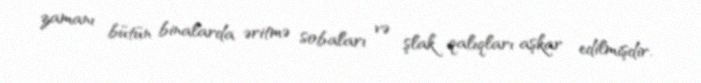
zamanı bütün binalarda əritmə sobaları və şlak qalıqları aşkar edilmişdir.